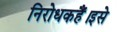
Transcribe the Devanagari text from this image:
निरोधकहैं।इसे